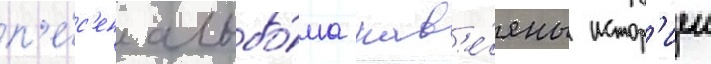
п'е́с'ен альбо́ма нав'е́яны истор'иеи